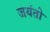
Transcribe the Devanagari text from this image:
जयंतो